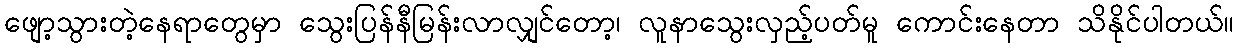
ဖျော့သွားတဲ့နေရာတွေမှာ သွေးပြန်နီမြန်းလာလျှင်တော့၊ လူနာသွေးလှည့်ပတ်မူ ကောင်းနေတာ သိနိုင်ပါတယ်။